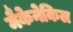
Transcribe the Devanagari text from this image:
मैकेनेकिल